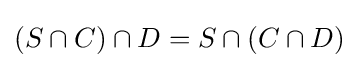
(S\cap C)\cap D=S\cap (C\cap D)